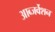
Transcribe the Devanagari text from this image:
आब्जर्वेशन